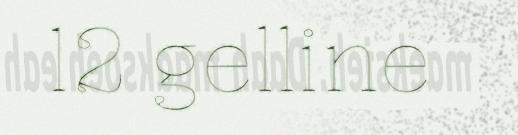
12 gelline